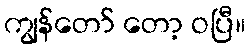
ကျွန်တော် တော့ ဝပြီ။